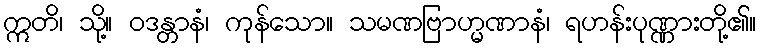
ဣတိ၊ သို့။ ဝဒန္တာနံ၊ ကုန်သော။ သမဏဗြာဟ္မဏာနံ၊ ရဟန်းပုဏ္ဏားတို့၏။